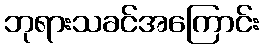
ဘုရားသခင်အကြောင်း